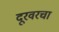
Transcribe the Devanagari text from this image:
दूरवरचा